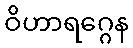
ဝိဟာရဂ္ဂေန